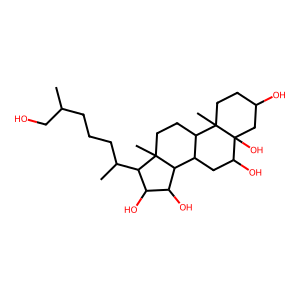
SMILES: CC(CO)CCCC(C)C1C(O)C(O)C2C3CC(O)C4(O)CC(O)CCC4(C)C3CCC12C
Inhibits HIV replication: No